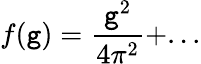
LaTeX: f(\mathtt{g})=\frac{{\mathtt{g}^{2}}}{{4\pi^{2}}}+...